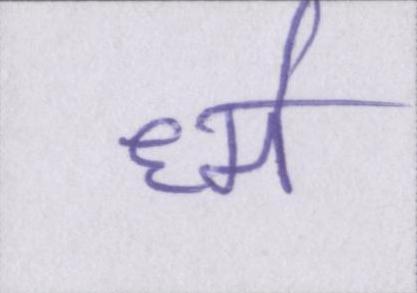
र्ध्म